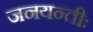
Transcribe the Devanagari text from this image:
जनयन्तीः